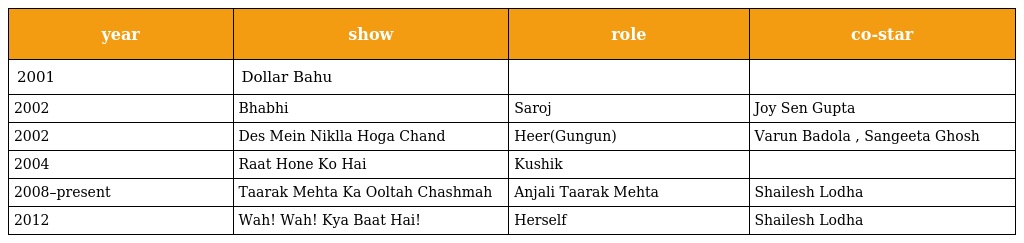
| year | show | role | co-star |
 | --- | --- | --- | --- |
 | 2001 | Dollar Bahu |  |  |
 | 2002 | Bhabhi | Saroj | Joy Sen Gupta |
 | 2002 | Des Mein Niklla Hoga Chand | Heer(Gungun) | Varun Badola , Sangeeta Ghosh |
 | 2004 | Raat Hone Ko Hai | Kushik |  |
 | 2008–present | Taarak Mehta Ka Ooltah Chashmah | Anjali Taarak Mehta | Shailesh Lodha |
 | 2012 | Wah! Wah! Kya Baat Hai! | Herself | Shailesh Lodha |